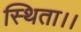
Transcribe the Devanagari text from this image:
स्थिता।।